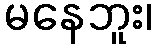
မနေဘူး၊